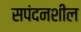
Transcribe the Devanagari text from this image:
सपंदनशील